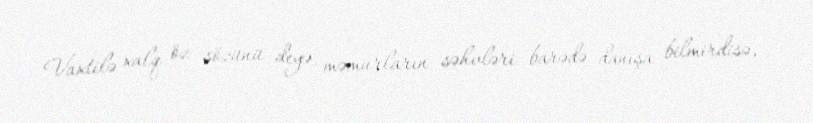
Vaxtilə xalq öz sözünü deyə, məmurların səhvləri barədə danışa bilmirdisə,